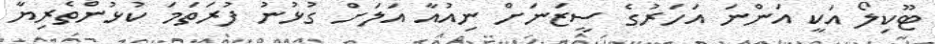
ޓޫކިލޯ އަކީ އަންނަ އަހަރުގެ ސީޒަނަށް ނިއުއާ އަލަށް ގުޅުނު ފުރަތަމަ ކުޅުންތެރިޔާ